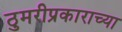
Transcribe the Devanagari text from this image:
ठुमरीप्रकाराच्या